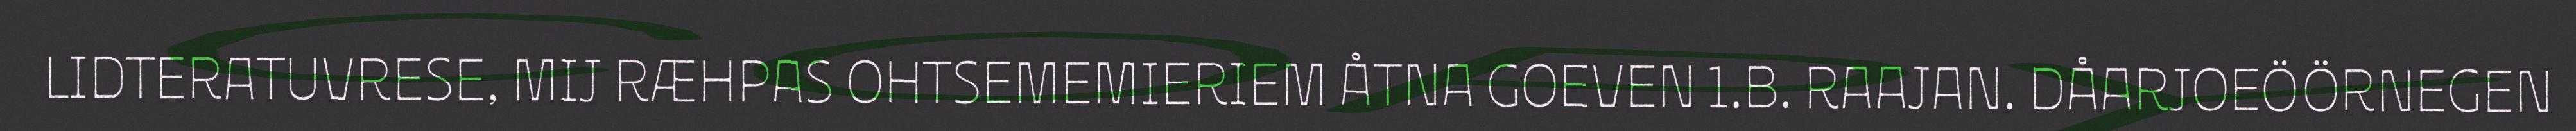
LIDTERATUVRESE, MIJ RÆHPAS OHTSEMEMIERIEM ÅTNA GOEVEN 1.B. RAAJAN. DÅARJOEÖÖRNEGEN